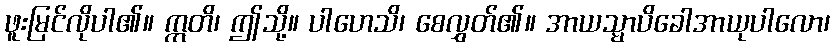
ဖူးမြင်လိုပါ၏။ ဣတိ၊ ဤသို့။ ပါဟေသိ၊ စေလွှတ်၏။ အာယသ္မာပိခေါအာယုပါလော၊